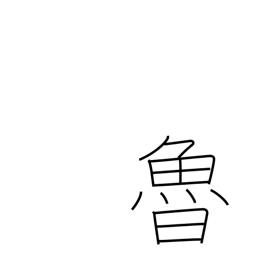
Meaning: Russia